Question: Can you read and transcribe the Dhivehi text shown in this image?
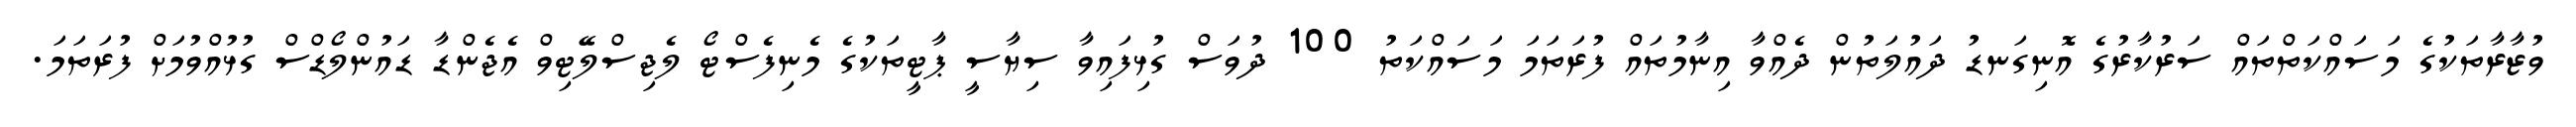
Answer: ވުޒާރާތަކުގެ މަސައްކަތްތައް ސަރުކާރުގެ އޮނިގަނޑު ދައުލަތުން ދެއްވާ އިނާމުތައް ފުރަތަމަ މަސައްކަތު 100 ދުވަސް ގުޅިފައިވާ ސިޔާސީ ޕާޓީތަކުގެ މެނިފެސްޓޯ ލެޖިސްލޭޓިވް އެޖެންޑާ ޑައުންލޯޑްސް ގުޅުއްވުމަށް ފުރަތަމަ.